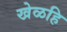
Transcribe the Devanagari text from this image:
खेळहि